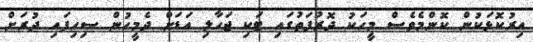
އިރުކޮޅަކުން ކޮންމެވެސް މީހަކު ދޮރުފަތުގައި ޓަކި ޖަހާލި އަޑަށް ދެމީހުން ސިހިފައި ދުރަށް